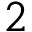
2